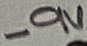
Text: -9V